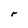
Character: r